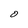
Character: O